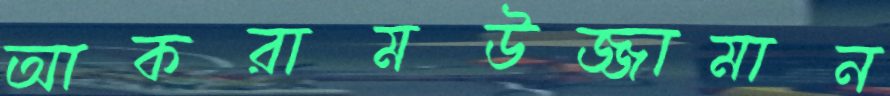
আকরামউজ্জামান